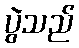
ပွဲသည်